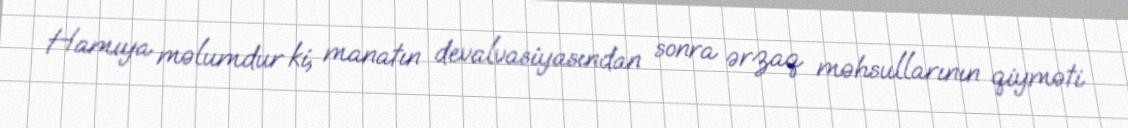
Hamıya məlumdur ki, manatın devalvasiyasından sonra ərzaq məhsullarının qiyməti